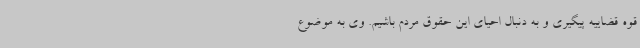
قوه قضاییه پیگیری و به دنبال احیای این حقوق مردم باشیم. وی به موضوع